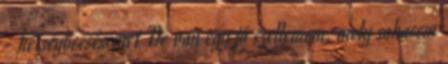
- kétségbeesésemet De van egy jó szellemem, mely sohasem